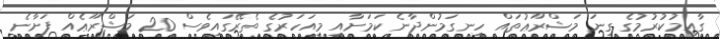
ގާއިމުކުރުމުގެ ގިނަ މަޝްރޫޢުތައް ހިނގަމުންދާނެ ކަމަށާއި މިއަހަރުގެ ތެރޭގައިވެސް 20 މަޝްރޫޢެއް ފަށާނެ